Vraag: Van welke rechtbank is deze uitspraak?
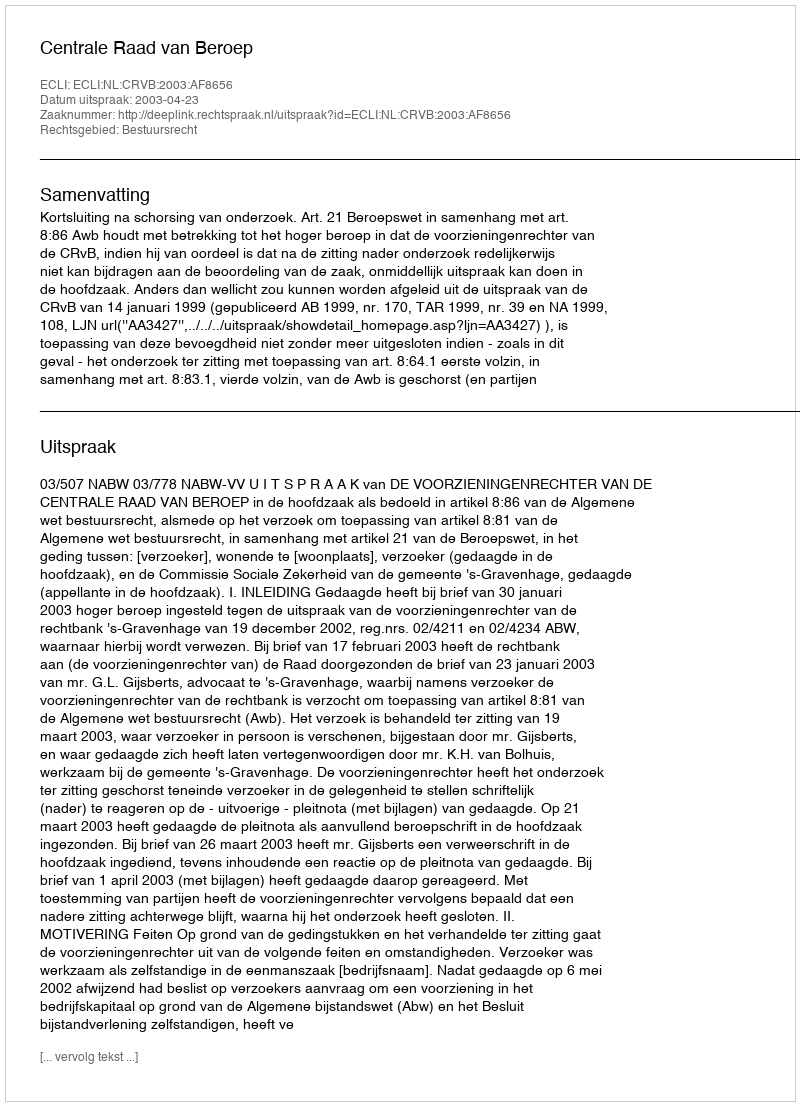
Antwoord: Centrale Raad van Beroep